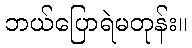
ဘယ်ပြောရဲမတုန်း။